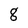
Character: g